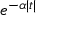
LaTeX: e ^ { - \alpha | t | }